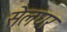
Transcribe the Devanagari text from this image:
सेलघर